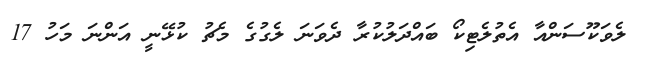
ލެވަކޫސަންއާ އެތުލެޓިކޯ ބައްދަލުކުރާ ދެވަނަ ލެގުގެ މެޗު ކުޅޭނީ އަންނަ މަހު 17